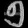
Digit: ၅